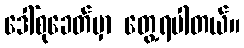
ဒေါ်စုခေတ်မှာ တွေ့ရပါတယ်။